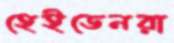
হেইডেনরা